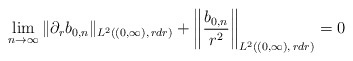
\begin{align*}\lim_{n\to\infty}\|\partial_rb_{0,n}\|_{L^2((0,\infty),\,rdr)}+\left\|\frac{b_{0,n}}{r^2}\right\|_{L^2((0,\infty),\,rdr)}=0\end{align*}